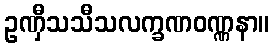
ဥဏှီသသီသလက္ခဏဝဏ္ဏနာ။